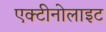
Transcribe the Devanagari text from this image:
एक्टीनोलाइट